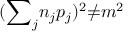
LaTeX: ( { { \sum } _ { j } n _ { j } p _ { j } } ) ^ { 2 } { \neq } m ^ { 2 }